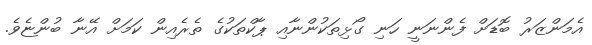
އެމަންޒަރު ބޮޑަށް ފެންނަނީ ހަނި ގޯޅިތަކުންނާއި ޕާކްތަކުގެ ތެރެއިން ކަމަށް އޭނާ ބުންޏެވެ.